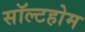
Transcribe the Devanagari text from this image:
सॉल्टहोम